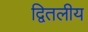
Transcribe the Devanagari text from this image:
द्वितलीय